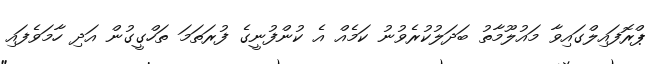
ޕްރޮފައިލްގައިވާ މައުލޫމާތު ބަދަލުކުރެވުނު ކަމެއް އެ ކުންފުނީގެ ފުރަތަމަ ތަހްގީގުން އަދި ހާމަވެފައި